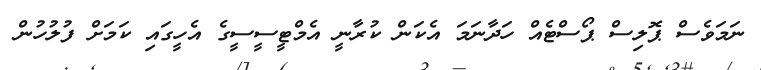
ނަމަވެސް ޕޮލިސް ޕޯސްޓެއް ހަދާނަމަ އެކަން ކުރާނީ އެމްޓީސީސީގެ އެހީގައި ކަމަށް ފުލުހުން